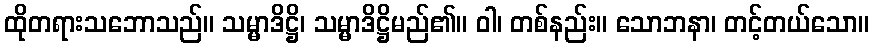
ထိုတရားသဘောသည်။ သမ္မာဒိဋ္ဌိ၊ သမ္မာဒိဋ္ဌိမည်၏။ ဝါ၊ တစ်နည်း။ သောဘနာ၊ တင့်တယ်သော။